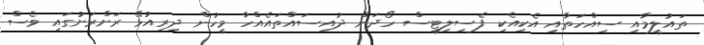
ތައުލީމާއި ސިއްހަތާއި އެކިއެކި ފެސިލިޓީސް ހޯދަން ދުއިސައްތައެއްހާ މީހުން ދިރިއުޅޭ ރަށްރަށުގައި ވެސް